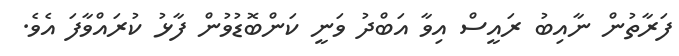
ފަރާތުން ނާއިބު ރައީސް އިވާ އަބްދު ވަނީ ކަންބޮޑުވުން ފާޅު ކުރައްވާފަ އެވެ.